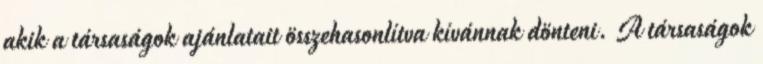
akik a társaságok ajánlatait összehasonlítva kívánnak dönteni. A társaságok